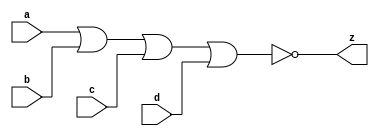
// This program was cloned from: https://github.com/aolofsson/oh
// License: MIT License

//#############################################################################
//# Function: 4 Input Nor Gate                                                #
//# Copyright: OH Project Authors. ALl rights Reserved.                       #
//# License:  MIT (see LICENSE file in OH repository)                         #
//#############################################################################

module asic_nor4 #(parameter PROP = "DEFAULT")   (
    input  a,
    input  b,
    input  c,
    input  d,
    output z
    );

   assign z = ~(a | b | c | d);

endmodule